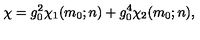
\chi = g _ { 0 } ^ { 2 } \chi _ { 1 } ( m _ { 0 } ; n ) + g _ { 0 } ^ { 4 } \chi _ { 2 } ( m _ { 0 } ; n ) ,